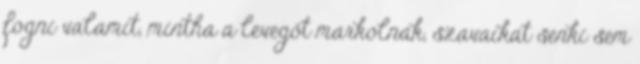
fogni valamit, mintha a levegőt markolnák, szavaikat senki sem